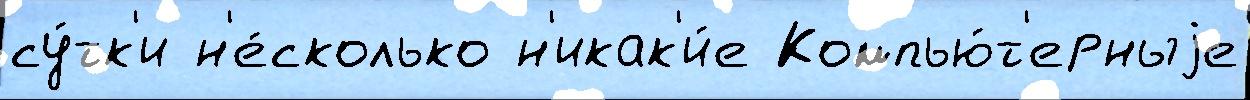
су́тк'и н'е́сколько н'икак'и́е Компью́т'ерныjе